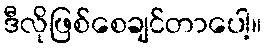
ဒီလိုဖြစ်စေချင်တာပေါ့။